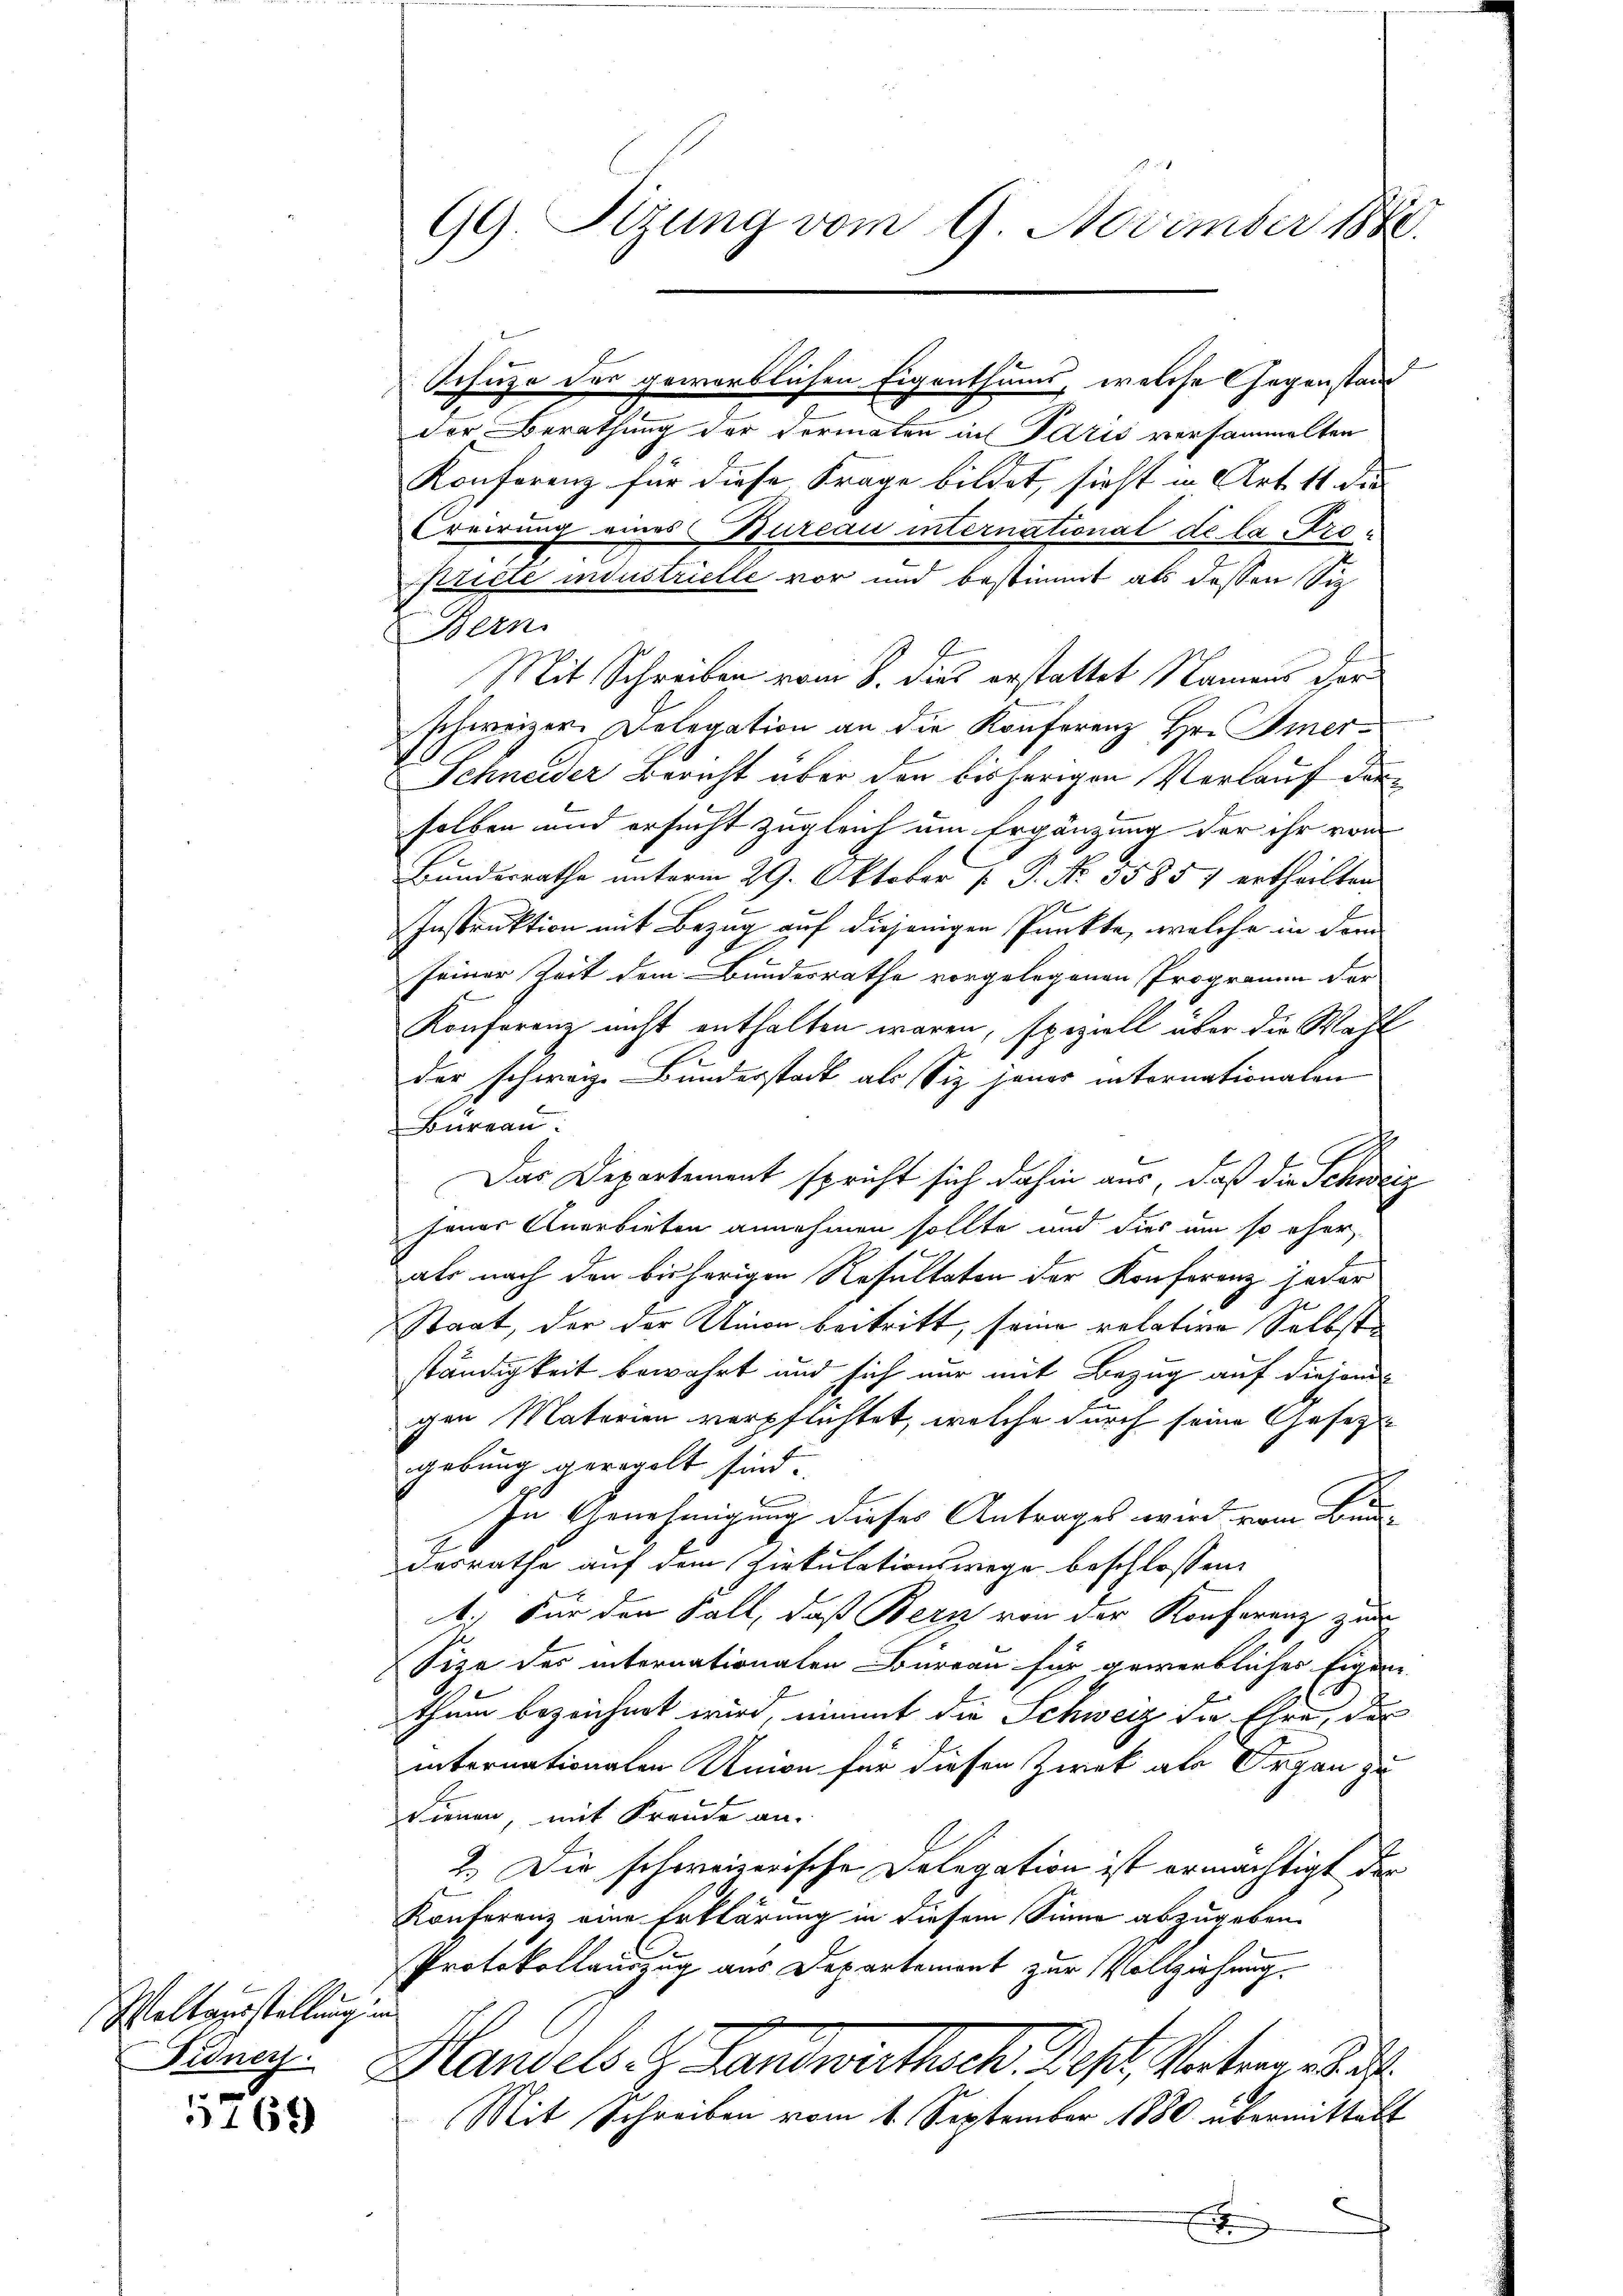
Weltausstellung und
Fidners.

5769

99. Sitzung vom 9. November 1880.

der Berathung der Vermaten in Paris versammelten
Konferenz für diese Frage bildet, sicht in Art. 11 die
Creirung eines Bureau international de la Profiricie industrielle vor und bestimmt als dessen Siz
Bern.
Mit Schreiben vom 8. dies erstattet Namens der
schweizer Delegation an die Konferenz Hr. Gmer¬
Schneider Bericht über den bisherigen Verlauf der
selben und ersucht zugleich um Ergänzung der ihr von
Bundesrathe unterm 29. Oktober [ P. No. 35851 ertheilten
1
Instruktion mit Bezug auf diejenigen Punkte, welche in dem
seiner Zeit dem Bundesrathe vorgelegenen Programm der
Konferenz nicht enthalten waren, speziell über die Wahl
t
der schwarze Bunderstadt als Siz jenes internationalen
Bureau
Das Departement spricht sich dahin aus, daß die Schweiz
jener Anerbieten annehmen sollte und dies um so eher
als nach den bisherigen Resultaten der Konferenz jeder
Staat, der der Union beitritt, seine relative Selbstständigkeit bewahrt und sich nur mit Bezug auf diesend
gen Materien verpflichtet, welche durch seine Gesetzt-
gebung geregelt sind.
In Genehmigung dieses Antrages wird vom Bundesrathe auf dem Zirkulationswege beschlossen:
1.) Für den Fall, daß Bern von der Konferenz zur
Size des internationalen Büreau für gewerblicher Eigene
thum bezeichnet wird, nimmt die Schweiz die Ehre, das
internationalen Union für diesen Zwek als Organ zu
dienen, mit Freude an.
2.) Die schweizerische Delegation ist ermächtigt der
Konferenz eine Erklärung in diesem Sinne abzugeben.
Protokollauszug aus Departement zur Vollziehung.
Handels- Landwirthsch. Dest. Vater u
Mit Schreiben vom 1. September 1880 übermittalt
E

Schuze des gewerblichen Eigenthums, welche Gegenstand